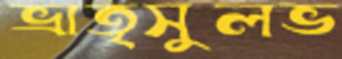
ভ্রাতৃসুলভ